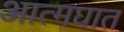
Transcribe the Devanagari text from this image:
आत्‍मघात